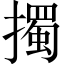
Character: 擉